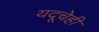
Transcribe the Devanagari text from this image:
यदूचेही